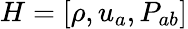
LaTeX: H=[\rho,u_{a},P_{ab}]